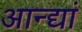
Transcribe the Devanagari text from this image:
आन्द्यां